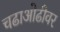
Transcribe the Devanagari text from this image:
चढाओढीवर